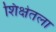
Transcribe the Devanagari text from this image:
शिक्षेतला